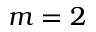
m = 2